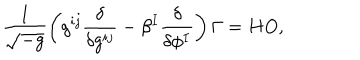
\frac { 1 } { \sqrt { - g } } \left( g ^ { i j } { \frac { \delta } { \delta g ^ { i j } } } - \beta ^ { I } \frac { \delta } { \delta \phi ^ { I } } \right) \Gamma = H O ,